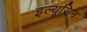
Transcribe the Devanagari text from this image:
इल्यूसिन